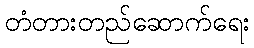
တံတားတည်ဆောက်ရေး